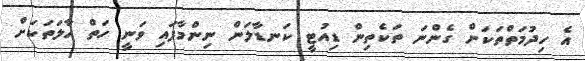
އެ ހިދުމަތްތަކަށް ގެންނަ ތަކެތިން ޑިއުޓީ ކަނޑާލަން ނިންމާފައި ވަނީ ހަތް ހާލަތަކަށް